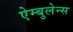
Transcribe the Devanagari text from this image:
ऐम्बुलेन्स